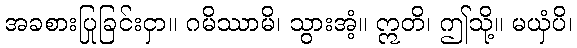
အခစားပြုခြင်းငှာ။ ဂမိဿာမိ၊ သွားအံ့။ ဣတိ၊ ဤသို့။ မယှံပိ၊